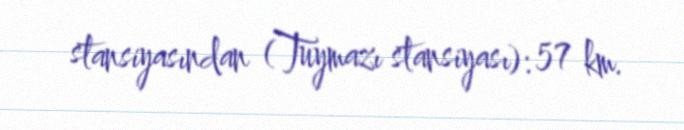
stansiyasından (Tuymazı stansiyası): 57 km.